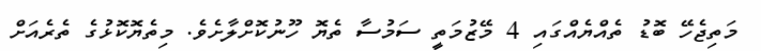
މަތިޖެހޭ ބޮޑު ތެއްޔެއްގައި 4 މޭޒުމަތީ ސަމުސާ ތެޔޮ ހޫނުކޮށްލާށެވެ. މިތެޔޮކޮޅުގެ ތެރެއަށް